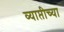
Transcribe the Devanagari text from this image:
व्याप्तीच्या